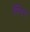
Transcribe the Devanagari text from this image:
हैग्फिश